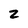
Character: 2